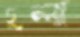
চুলা